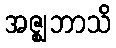
အဇ္ဈဘာသိ